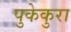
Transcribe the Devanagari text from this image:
पुकेकुरा